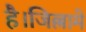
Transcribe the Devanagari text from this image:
है।जिल्लामे